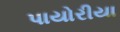
પાયોરીયા